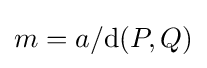
m=a/\!\operatorname {d} (P,Q)